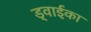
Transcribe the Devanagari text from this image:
ड्वाईका